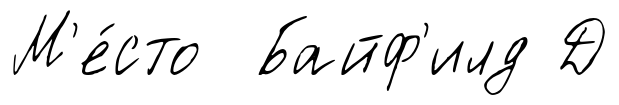
М'е́сто Байф'илд Д